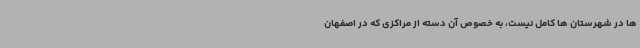
ها در شهرستان ها کامل نیست، به خصوص آن دسته از مراکزی که در اصفهان